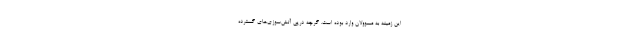
این زمینه به مسوولان وارد بوده است. گرچه درپی آتش‌سوزی‌های گسترده